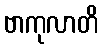
ဗာကုလာတိ